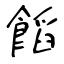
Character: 饀